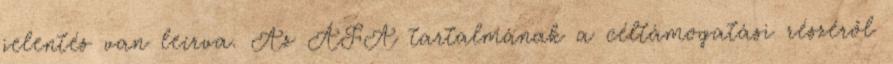
jelentés van leírva. Az ÁFA tartalmának a céltámogatási részéről